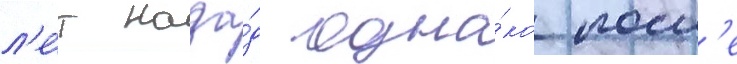
л'е́т наза́д одна́ко посл'е